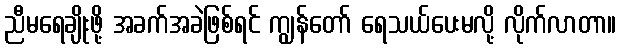
ညီမရေချိုးဖို့ အခက်အခဲဖြစ်ရင် ကျွန်တော် ရေသယ်ပေးမလို့ လိုက်လာတာ။